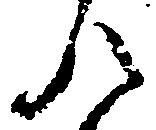
八